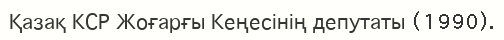
Қазақ КСР Жоғарғы Кеңесінің депутаты (1990).